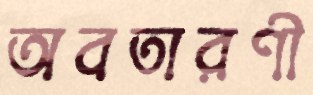
অবতারণী